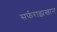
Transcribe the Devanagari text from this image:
सर्फराझखान